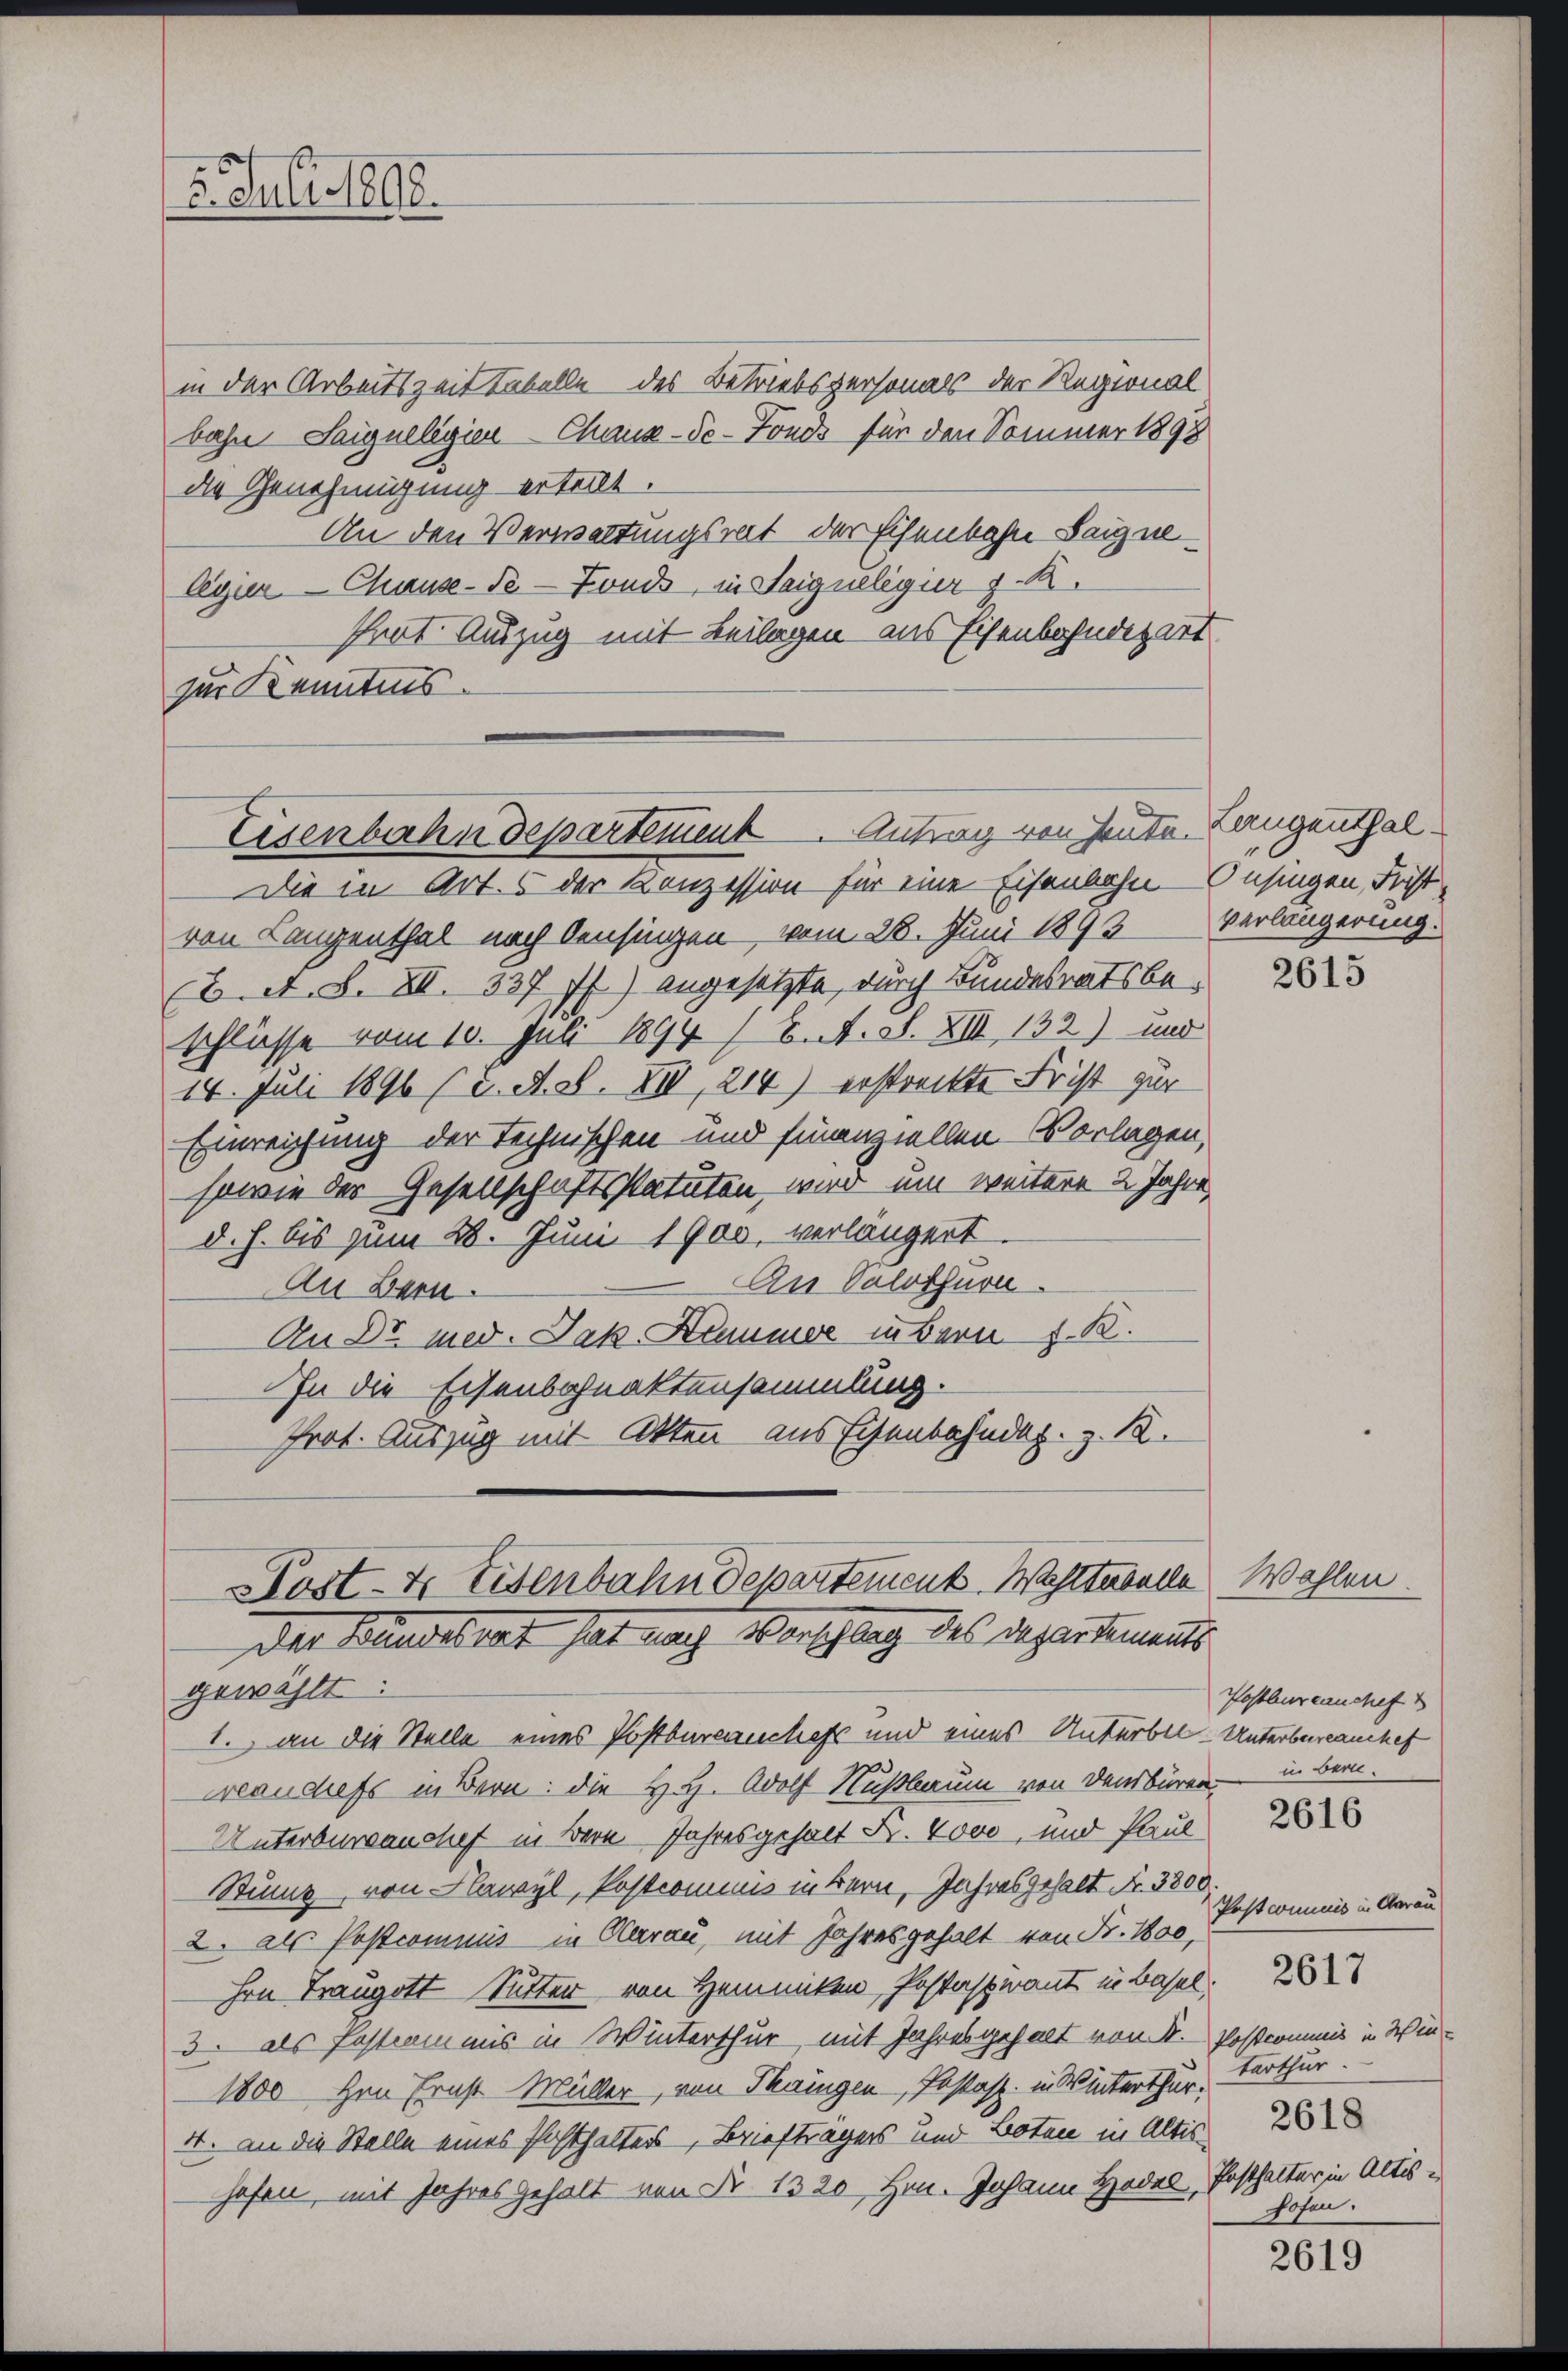
in der Arbeitszeit tabelle des Betriebspersonals der Regional
bahn Saigneligien Chaux-de-Fonds für den Sommer 1898
die Genehmigung erteilt.
An den Verwaltungsrat der Eisenbahn Saignelegier-Chause-de-Fonds, in Saigneligier z. B.
Trat Auszug mit Beilagen aus Eisenbahndepart
zur Kenntnis.

2. Juli 1890.

Eisenbahndepartement. Antrag von Heute Langenthal¬

Die in Art. 5 der Konzession für eine Eisenbahn - Insingen, Fristvon Langenthal nach Censingen vom 28. Juni 1893 Verlängerung.
E. A. S. XII. 337 ff.) angesetzte, durch Bundesratsbeschlüsse vom 10. Juli 1894 1/6. A. S. XIII, 132) und
14. Juli 1896 (2. A. S. XII, 214) erstreckte Frist zur
Einreichung der Technischen und finanziellen Vorlagen,
sowie der Gesellschaftsstatuten wird um weitere 2 Jahre
d. h. bis zum 28. Juni 1900, verlängert.
An Solothurn.
An Bern.
An Dr med. Jak. Hummer in Bern S. K.
In die Eisenbahnaktensammlung.
Prot. Auszug mit Akten aus Eisenbahndaz. Z. 12.

1. an die Stelle eines Postbarcanckehr und eines Unterbel-Unterbureauches
weandels in Bern: die H. H. Adolf Nußbaum von Denbüren in Bern.
Unterburvanchef in Bern Jahresgehalt Fr. 4000, und Paul
Stump von Flawyl, Postcommis in Bern, Jahresgehalt Fr. 3300.
2. als Postcommis in Clarau, mit Jahresgehalt von Fr. 100,
Hrn Traugott Sutter von Heinicken, Postaspirant in Basel,
3. als Fastiamnis in Winterthur, mit Jahresgehalt von K. Postcommis in Win¬
1800 Hrn. Ernst Müller, von Thringen, Postas. in Winterthur,
4. an die Stelle eines Posthalters Briefträgers und Boten in Altis
hofen, mit Jahres gehalt von Nr 1320 Hrn. Johann Hodel, Posthalter in Altis¬

Host- & Eisenbahndepartement. Wohltabelle Wahlen.
Der Baustrat, hat nach Vorschlag des Departement
gewählt:

2615

Postbureauchef

2616

Postcommuis in Gerau
terthur.
2618
hofen.

2617

2619